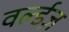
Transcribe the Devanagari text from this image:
वर्ल्डज़